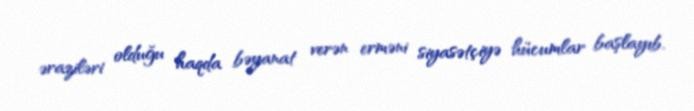
əraziləri olduğu haqda bəyanat verən erməni siyasətçiyə hücumlar başlayıb.